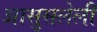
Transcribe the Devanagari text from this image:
आसुसलेली